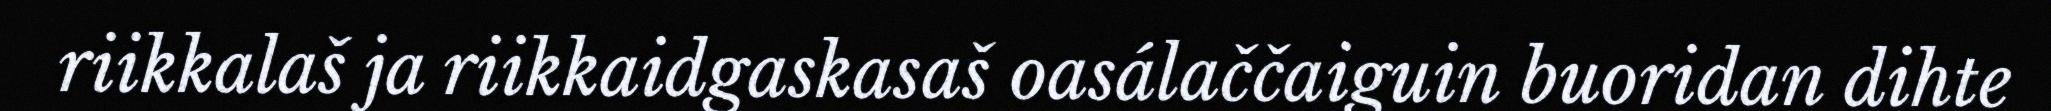
riikkalaš ja riikkaidgaskasaš oasálaččaiguin buoridan dihte